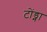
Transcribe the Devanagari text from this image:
टोंड्ना